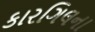
કારગિલના